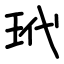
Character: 玳